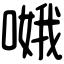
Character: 𠹷